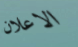
الاعلان